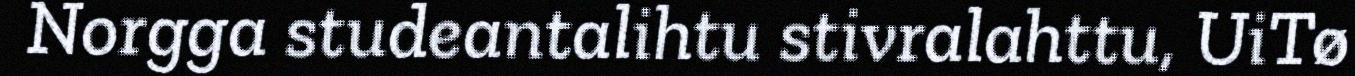
Norgga studeantalihtu stivralahttu, UiTø